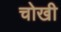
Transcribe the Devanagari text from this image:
चोखी